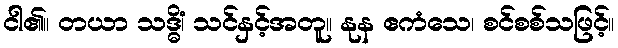
ငါ၏။ တယာ သဒ္ဓိံ၊ သင်နှင့်အတူ။ နုန ဧကံသေ၊ စင်စစ်သဖြင့်။